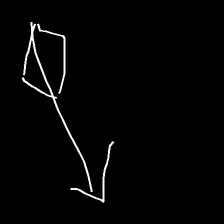
Glyph: focus